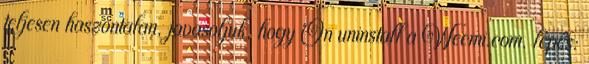
teljesen haszontalan, javasoljuk, hogy Ön uninstall a Weemi.com. lépés: